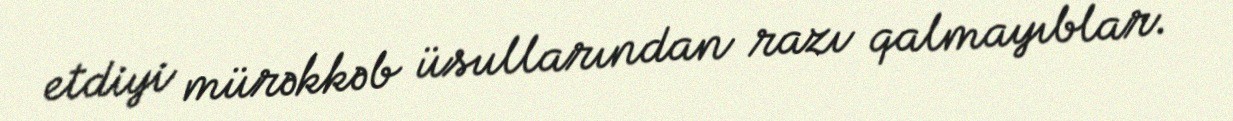
etdiyi mürəkkəb üsullarından razı qalmayıblar.